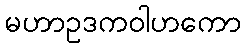
မဟာဥဒကဝါဟကော